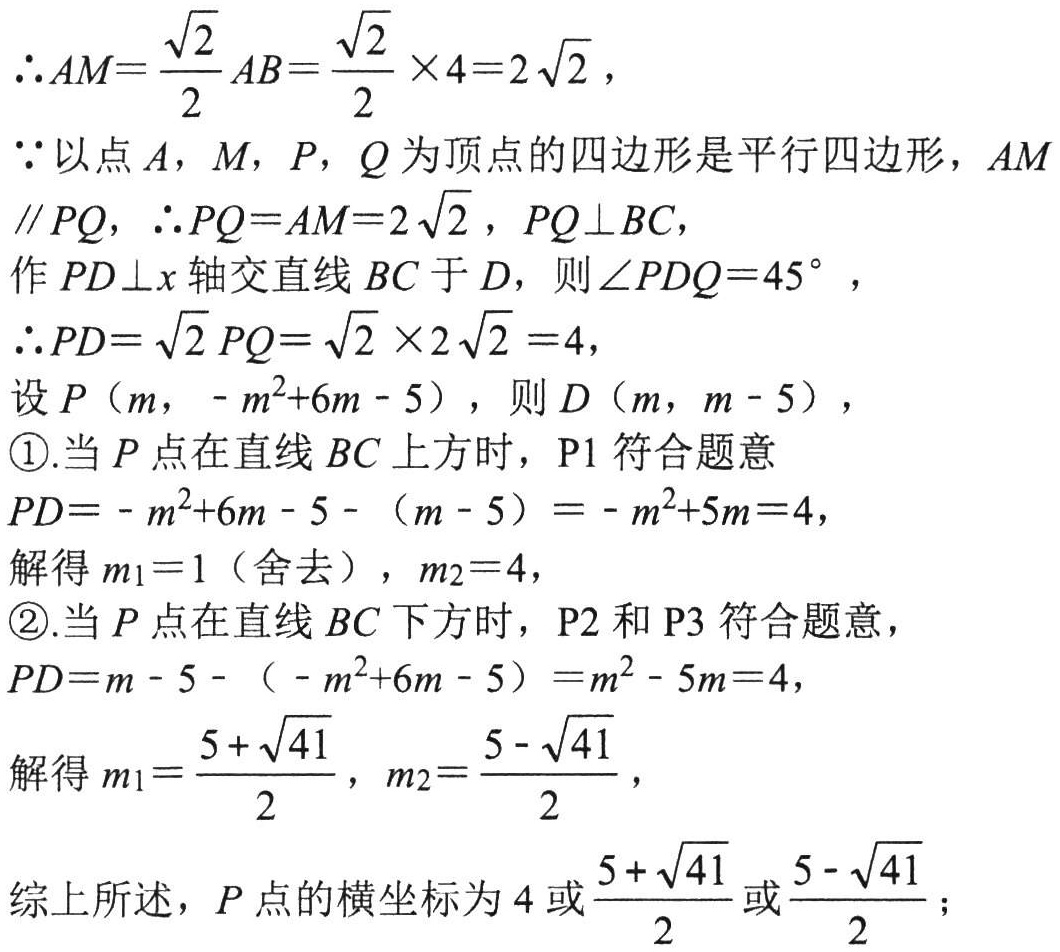
\(\therefore AM = \frac{\sqrt{2}}{2}AB=\frac{\sqrt{2}}{2}\times4 = 2\sqrt{2}\)，
\(\because\)以点\(A\)，\(M\)，\(P\)，\(Q\)为顶点的四边形是平行四边形，\(AM\parallel PQ\)，\(\therefore PQ = AM = 2\sqrt{2}\)，\(PQ\perp BC\)，
作\(PD\perp x\)轴交直线\(BC\)于\(D\)，则\(\angle PDQ = 45^{\circ}\)，
\(\therefore PD=\sqrt{2}PQ=\sqrt{2}\times2\sqrt{2}=4\)，
设\(P(m,-m^{2}+6m - 5)\)，则\(D(m,m - 5)\)，
\textcircled{1}.当\(P\)点在直线\(BC\)上方时，\(P1\)符合题意
\(PD=-m^{2}+6m - 5-(m - 5)=-m^{2}+5m = 4\)，
解得\(m_{1}=1\)（舍去），\(m_{2}=4\)，
\textcircled{2}.当\(P\)点在直线\(BC\)下方时，\(P2\)和\(P3\)符合题意，
\(PD=m - 5-(-m^{2}+6m - 5)=m^{2}-5m = 4\)，
解得\(m_{1}=\frac{5 + \sqrt{41}}{2}\)，\(m_{2}=\frac{5 - \sqrt{41}}{2}\)，
综上所述，\(P\)点的横坐标为\(4\)或\(\frac{5 + \sqrt{41}}{2}\)或\(\frac{5 - \sqrt{41}}{2}\)；